Tezpur Lunatic Asylum reports 1895-1904 - 1895-1904
Year: 1895
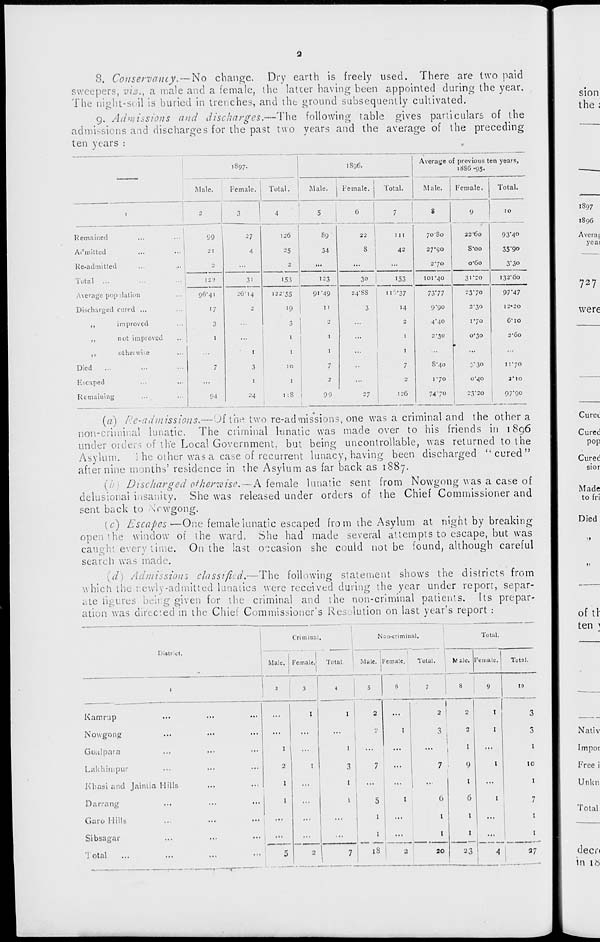
8. Conservancy. — No change. Dry earth is freely used. There are two paid
sweepers, vis., a male and a female, the latter having been appointed during the year.
The night-soil is buried in trenches, and the ground subsequently cultivated.
9. Admissions and discharges.—The following table gives particulars of the
admissions and discharges for the past two years and the average of the preceding
ten years :
.
Male.
IS97.
1
I896.
Average <_ f previous ten years,
iSSG -95.
Female.
Total.
Male.
1
I'em ale. j
Total.
M ale.
Female,
Total.
1
3
4
5
6
7
S
9
22'6o
10
Remained
99
27
126
so
1
22
111
70S0
93'4o
Admitted,
21
4
25
34
S
42
27'(J0
S-oo
35 - 9o
Re-admitted
2
...
2
...
...
...
270
o'Go
3*3o
Total ...
122
31
153
123
30
153
ior^o
3''20
132*60
Average population
96-41
26' 14
122*55
91'49
24*88
11V37
73*77
2370
97*47
Discharged cured ...
>7
-
19
11
3
14
9-90
2-30
1 2"20
,,
improved
3
3
2
...
2
4*40
170
G'IO
,,
not improved
1
...
1
1
...
1
2-30
o'3o
2'Go
,,
otherwise
...
1
1
1
...
1
...
Died
7
3
10
7
••
7
S*4o
3*30
1170
Escaped
...
1
l
2
...
2
1*70
o'^o
a'io
Remaining
94
24
..8
1
99
27
126
7470
23-20
1
97*90
(a) Re-admissions.—Of the two re-ad missions, one was a criminal and the other a
non-criminal lunatic. The criminal lunatic was made over to his friends in 1896
under orders of the Local Government, but being uncontrollable, was returned to the
Asylum.
\ he other was a case of recurrent lunacy, having been discharged "cured"
after nine months' residence in the Asylum as far back as 1887.
(b) Discharged otherwise.—A female lunatic sent from Nowgong was a case of
delusional insanity. She was released under orders of the Chief Commissioner and
sent back to Mrwgong.
(c) Escapes—One female lunatic escaped from the Asylum at night by breaking
open the window of the ward. She had made several attempts to escape, but was
caught every time. On the last occasion she could not be found, although careful
search was made.
(d) Admissions classified.—The following statement shows the districts from
which the newly-admitted lunatics were received during the year under report, separ-
ate figures being given fur the criminal and the non-criminal patients. Its prepar-
ation was directed in the Chief Commissioner's Resolution on last year's report :
District.
Criminal,
Non-criminal.
Total.
Male. KcmaleJ Total.
Male female.
Total.
Male. Female,
Total.
Katnrup
Now go rig
Goalpara
Lakhimpur
Khasi and Jainlia Hills
Darrang
Garo Hills
Sibsagar
'Jo tat
5
1
1
18
6
1
I
20
2
2
I
9
I
6
1
I
to
3
3
1
10
1
7
1
1
37